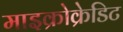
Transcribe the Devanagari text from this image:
माइक्रोक्रेडिट